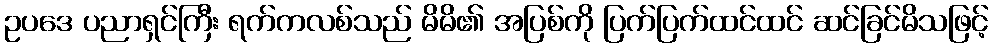
ဥပဒေ ပညာရှင်ကြီး ရက်ကလစ်သည် မိမိ၏ အပြစ်ကို ပြက်ပြက်ထင်ထင် ဆင်ခြင်မိသဖြင့်